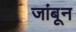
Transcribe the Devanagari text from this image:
जांबून